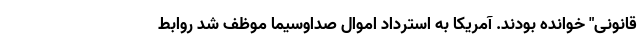
قانونی" خوانده بودند. آمریکا به استرداد اموال صداوسیما موظف شد روابط